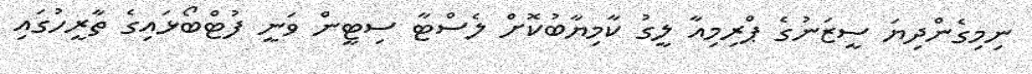
ނިމިގެންދިޔަ ސީޒަނުގެ ޕްރިމިއާ ލީގު ކާމިޔާބުކޮށް ލެސްޓާ ސިޓީން ވަނީ ފުޓްބޯޅައިގެ ތާރީހުގައި